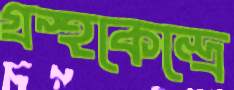
গ্রন্থকেন্দ্রে